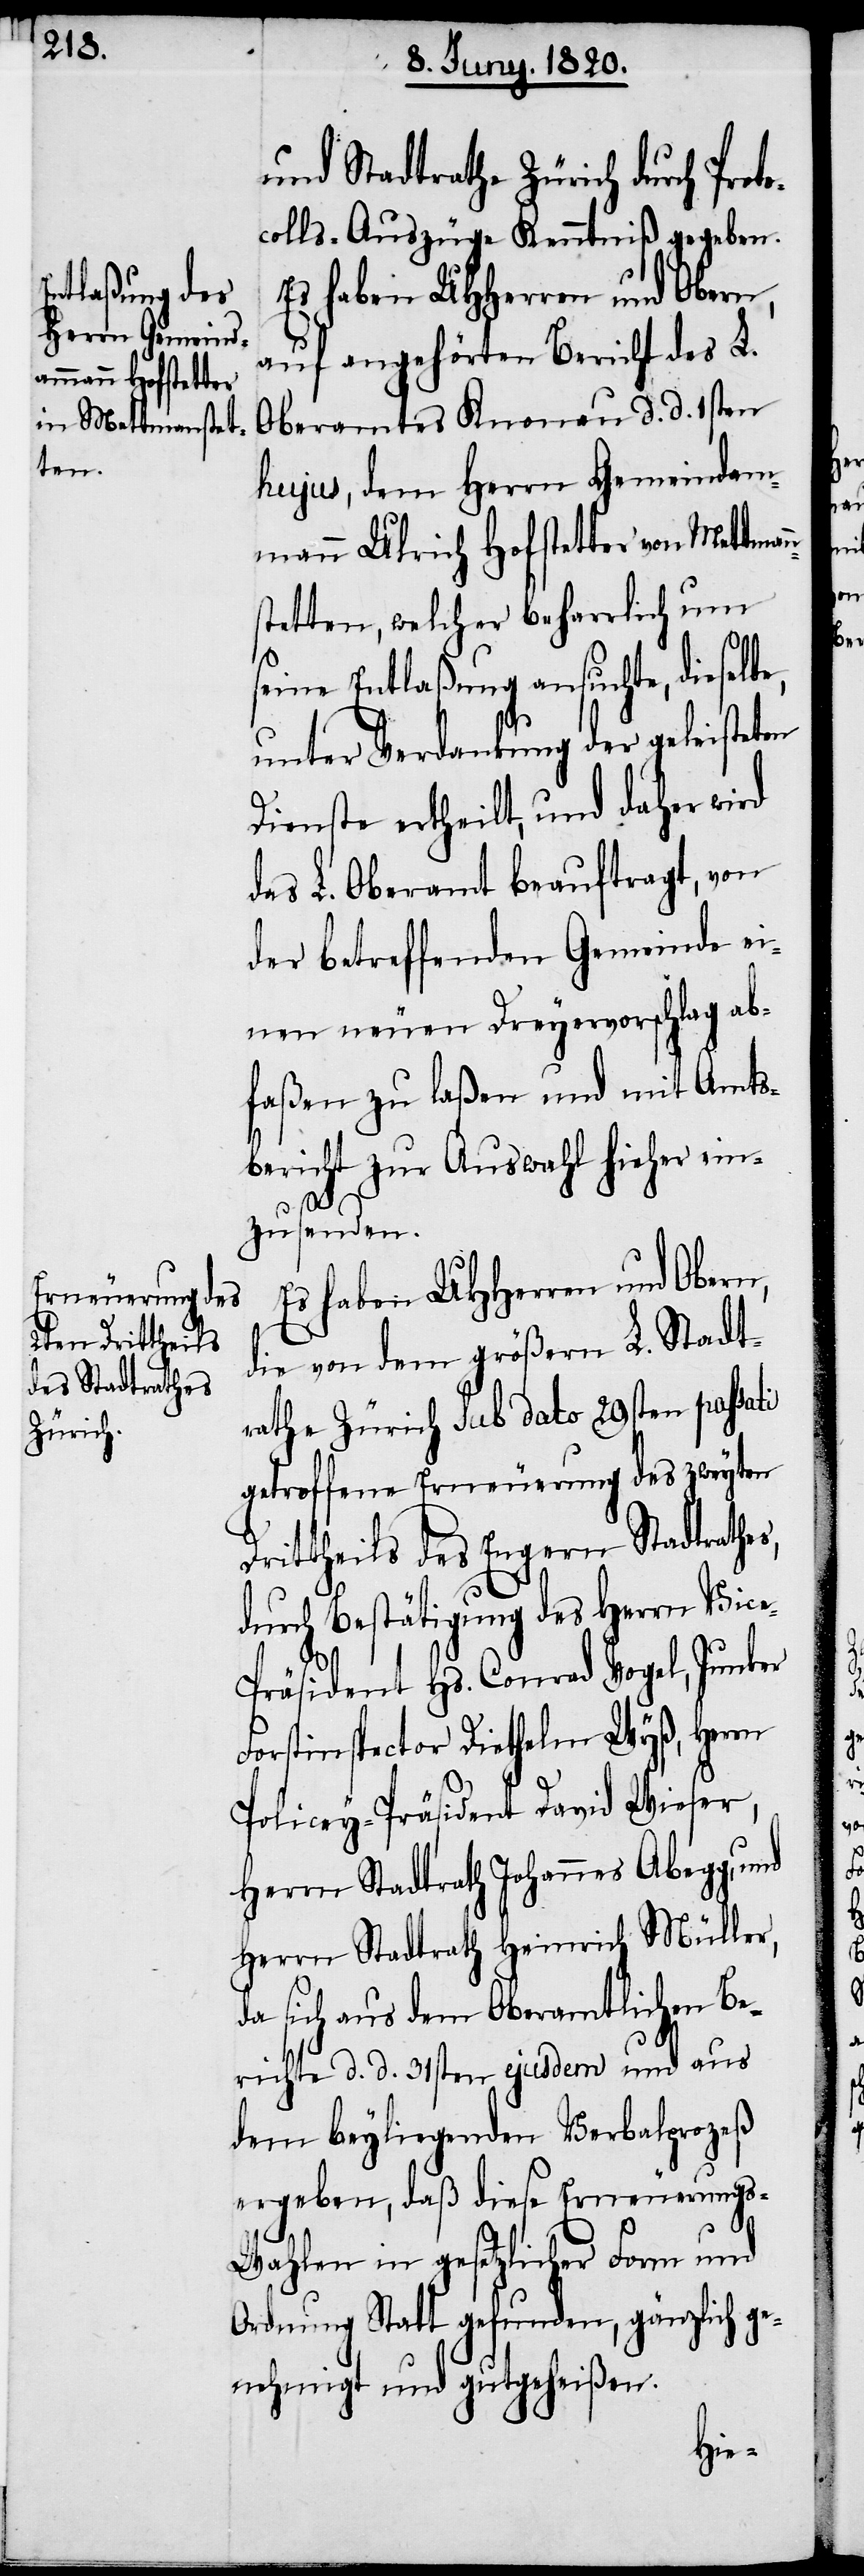
und Stadtrathe Zürich durch Prot¬
ocolls-Auszüge Kenntniß gegeben.
Es haben UHherren und Obern,
auf angehörten Bericht des L.
hujus, dem Herrn Gemeindam¬
mann Ulrich Hofstetter von Mettman¬
stetten, welcher beharrlich um
seine Entlaßung ansuchte, dieselb¬
unter Verdankung der geleisteten
Dienste ertheilt, und daher wird
das L. Oberamt beauftragt, von
der betreffenden Gemeinde ei¬
nen neuen Dreyervorschlag ab¬
faßen zu laßen und mit Amts¬
bericht zur Auswahl hieher ein¬
zusenden.
Es haben UHHerren und Obern,
die von dem größern L. Stadt¬
rahte Zürich sub dato 29sten passati
getroffene Erneuerung des zweyten
Drittheils des Engern Stadtrathes,
durch Bestätigung des Herrn Vice-P¬
räsident Hs. Conrad Vogel, Junker
Forstinspector Diethelm Wyß, Herrn
Policey-Präsident David Wieser,
Herrn Stadtrath Johannes Abegg, und
Herrn Stadtrath Heinrich Müller,
da sich aus dem Oberamtlichen Be¬
richte d. d. 31sten ejusdem und aus
dem beyliegenden Verbalprozeß
ergeben, daß diese Erneuerungs-W¬
ahlen in gesetzlicher Form und
Ordnung Statt gefunden haben, gänzlich ge¬
nehmigt und gutgeheißen.
e,